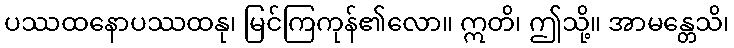
ပဿထနောပဿထနု၊ မြင်ကြကုန်၏လော။ ဣတိ၊ ဤသို့။ အာမန္တေသိ၊